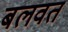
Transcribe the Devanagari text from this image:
बलवत